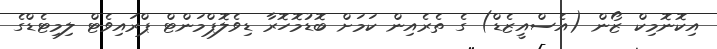
އިކޮނޮމިކް ޒޯން (އެސްއީޒެޑް) ގެ ތެރެއިން ކަމަށް ބޮޑުމޮހޮރާ ޑިވެލޮޕްމަންޓް ޕްރައިވެޓް ލިމިޓެޑްގެ